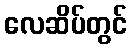
လေဆိပ်တွင်